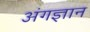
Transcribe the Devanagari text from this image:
अंगज्ञान